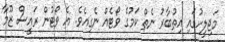
މަޖިލީހުގައި އިތުބާރު ނެތް ކަމުގެ ވޯޓެއް ނެގިއެވެ. އެ ވޯޓުން ރައީސް ޒޫމާ